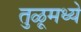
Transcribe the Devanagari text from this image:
तुळूमध्ये